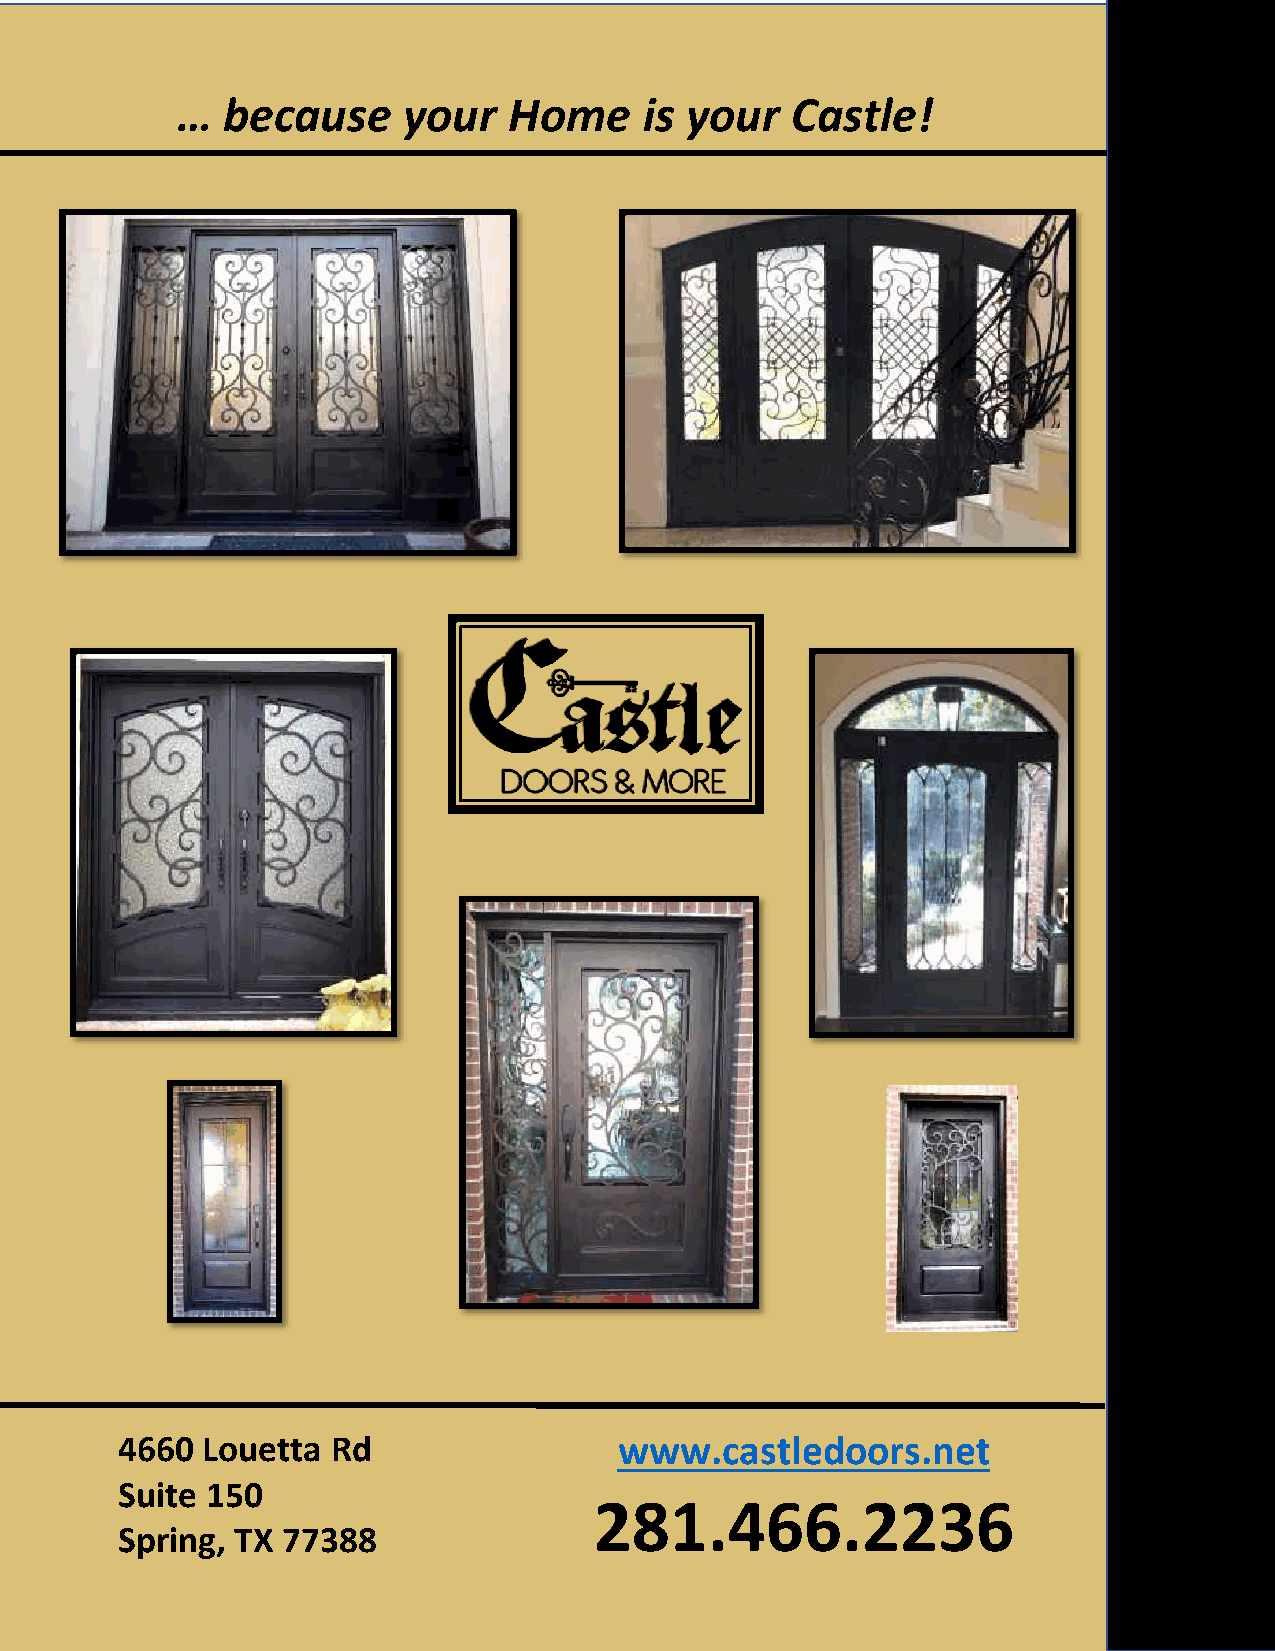
…  because     your   Home     is your  Castle!
 4660 Louetta  Rd                 www.castledoors.net
 Suite 150
 281.466.2236
 Spring, TX 77388